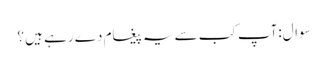
سوال:آپ کب سے یہ پیغام دے رہے ہیں ؟